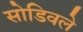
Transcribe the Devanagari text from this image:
सोडिवले